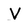
Character: V